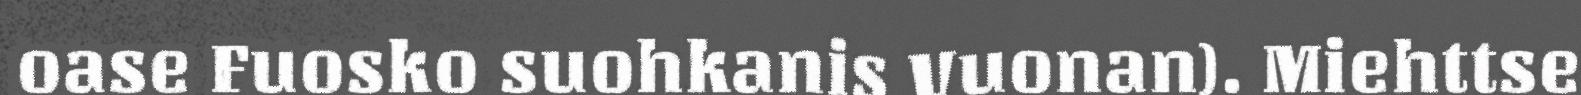
oase Fuosko suohkanis Vuonan). Miehttse